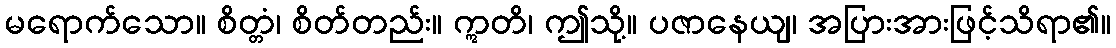
မရောက်သော။ စိတ္တံ၊ စိတ်တည်း။ ဣတိ၊ ဤသို့။ ပဇာနေယျ၊ အပြားအားဖြင့်သိရာ၏။